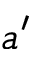
a ^ { \prime }